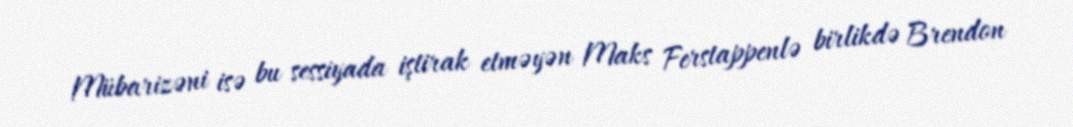
Mübarizəni isə bu sessiyada iştirak etməyən Maks Ferstappenlə birlikdə Brendon